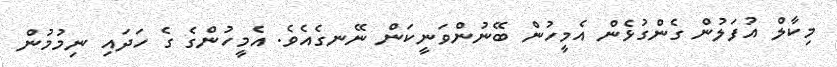
މިކާލް އުފަލުން ގެންގުޅެން އެމީހުން ބޭނުންވަނީކަން ނޭނގެއެވެ. އެމީހުންގެ ގެ ހަދައި ނިމުމުން